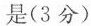
是（3分）